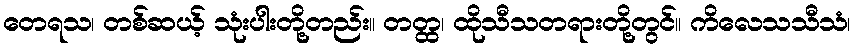
တေရသ၊ တစ်ဆယ့် သုံးပါးတို့တည်း။ တတ္ထ၊ ထိုသီသတရားတို့တွင်။ ကိလေသသီသံ၊